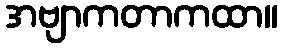
အဗျာကတာကထာ။